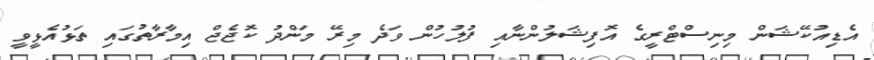
އެޑިއުކޭޝަން މިނިސްޓްރީގެ އޮފިޝަލުންނާއި ފުލުހުން ވަދެ މިރޭ މަންދު ކޮޖެޖް އިމާރާތުގައި ތަޅުއެޅީވީ